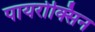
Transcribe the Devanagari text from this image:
पायरोक्सिन